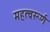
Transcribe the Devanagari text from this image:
महत्वरूर्ण